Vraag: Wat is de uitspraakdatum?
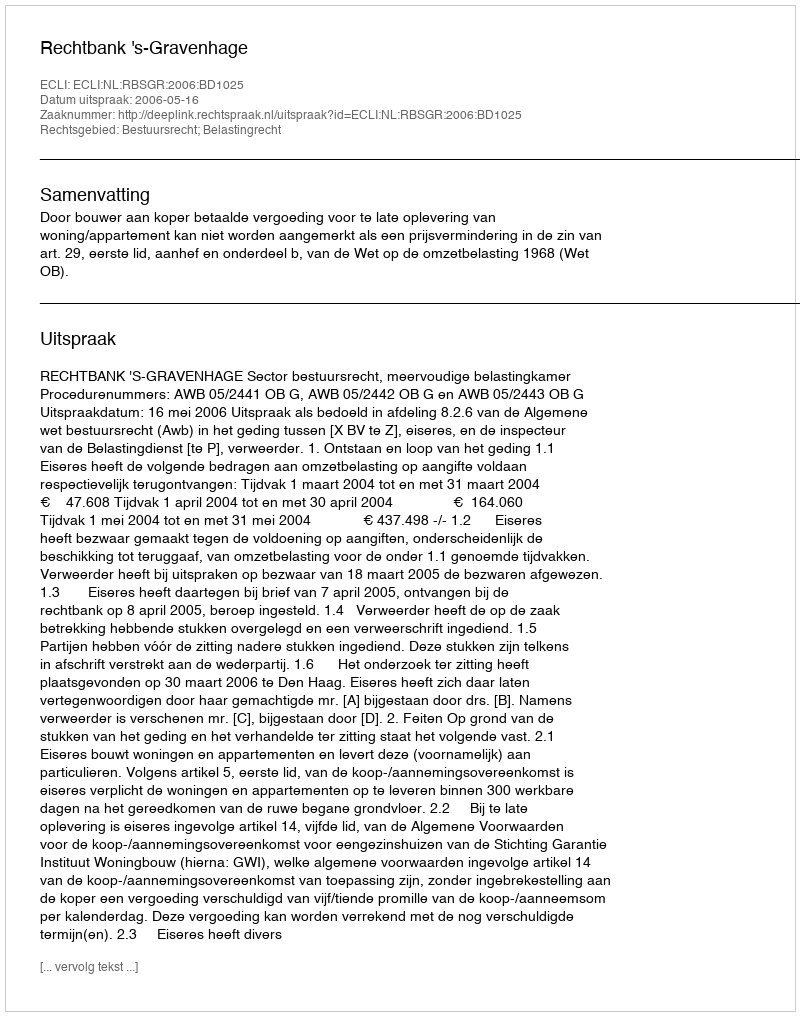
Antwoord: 2006-05-16